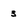
Character: 3